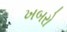
ખબરો